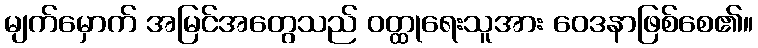
မျက်မှောက် အမြင်အတွေသည် ဝတ္ထုရေးသူအား ဝေဒနာဖြစ်စေ၏။